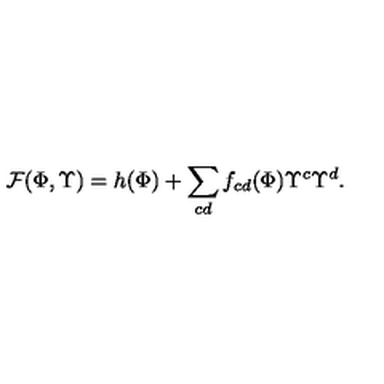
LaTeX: { \cal F } { ( \Phi , { \Upsilon } ) } = h ( { \Phi } ) + \sum _ { c d } f _ { c d } ( { \Phi } ) { \Upsilon } ^ { c } { \Upsilon } ^ { d } .